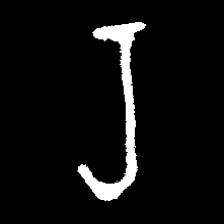
Pyu character \u2014 Myanmar letter: ရ (romanized: ra)